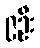
၉ဦး